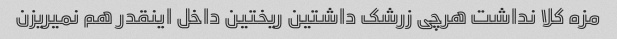
مزه کلا نداشت هرچی زرشک داشتین ریختین داخل اینقدر هم نمیریزن